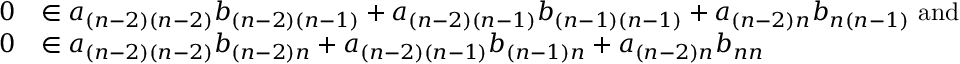
\begin{array} { r l } { 0 } & { \in a _ { ( n - 2 ) ( n - 2 ) } b _ { ( n - 2 ) ( n - 1 ) } + a _ { ( n - 2 ) ( n - 1 ) } b _ { ( n - 1 ) ( n - 1 ) } + a _ { ( n - 2 ) n } b _ { n ( n - 1 ) } \mathrm { ~ a n d ~ } } \\ { 0 } & { \in a _ { ( n - 2 ) ( n - 2 ) } b _ { ( n - 2 ) n } + a _ { ( n - 2 ) ( n - 1 ) } b _ { ( n - 1 ) n } + a _ { ( n - 2 ) n } b _ { n n } } \end{array}